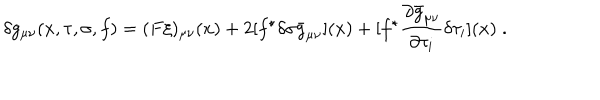
\delta g _ { \mu \nu } ( x , \tau , \sigma , f ) = ( F \xi ) _ { \mu \nu } ( x ) + 2 [ f ^ { \star } \delta \sigma \bar { g } _ { \mu \nu } ] ( x ) + [ f ^ { \star } \frac { \partial \bar { g } _ { \mu \nu } } { \partial \tau _ { i } } \delta \tau _ { i } ] ( x ) \; .